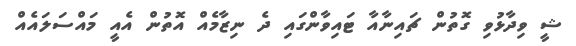
ޝީ ވިދާޅުވި ގޮތުން ޗައިނާއާ ޓައިވާންގައި ދެ ނިޒާމެއް އޮތުން އެއީ މައްސަލައެއް